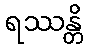
ရဿန္တိ